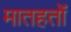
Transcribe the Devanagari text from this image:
मातहतों